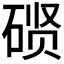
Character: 𰧇